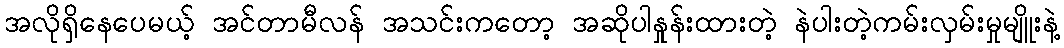
အလိုရှိနေပေမယ့် အင်တာမီလန် အသင်းကတော့ အဆိုပါနှုန်းထားတဲ့ နဲပါးတဲ့ကမ်းလှမ်းမှုမျိူးနဲ့